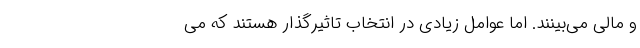
و مالی می‌بینند. اما عوامل زیادی در انتخاب تاثیرگذار هستند که می‌